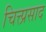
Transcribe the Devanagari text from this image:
चित्त्प्रसाद